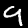
Label: 9